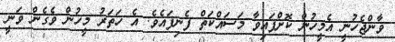
ވާންޖެހުނީ އެމީހުން ކޮށްފައިވާ މަސައްކަތް ފެނިފައެވެ. އެ ހަތަރު މީހުން ވެގެން ވަނީ